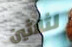
لثلاثين